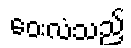
ဝေးလံသည့်